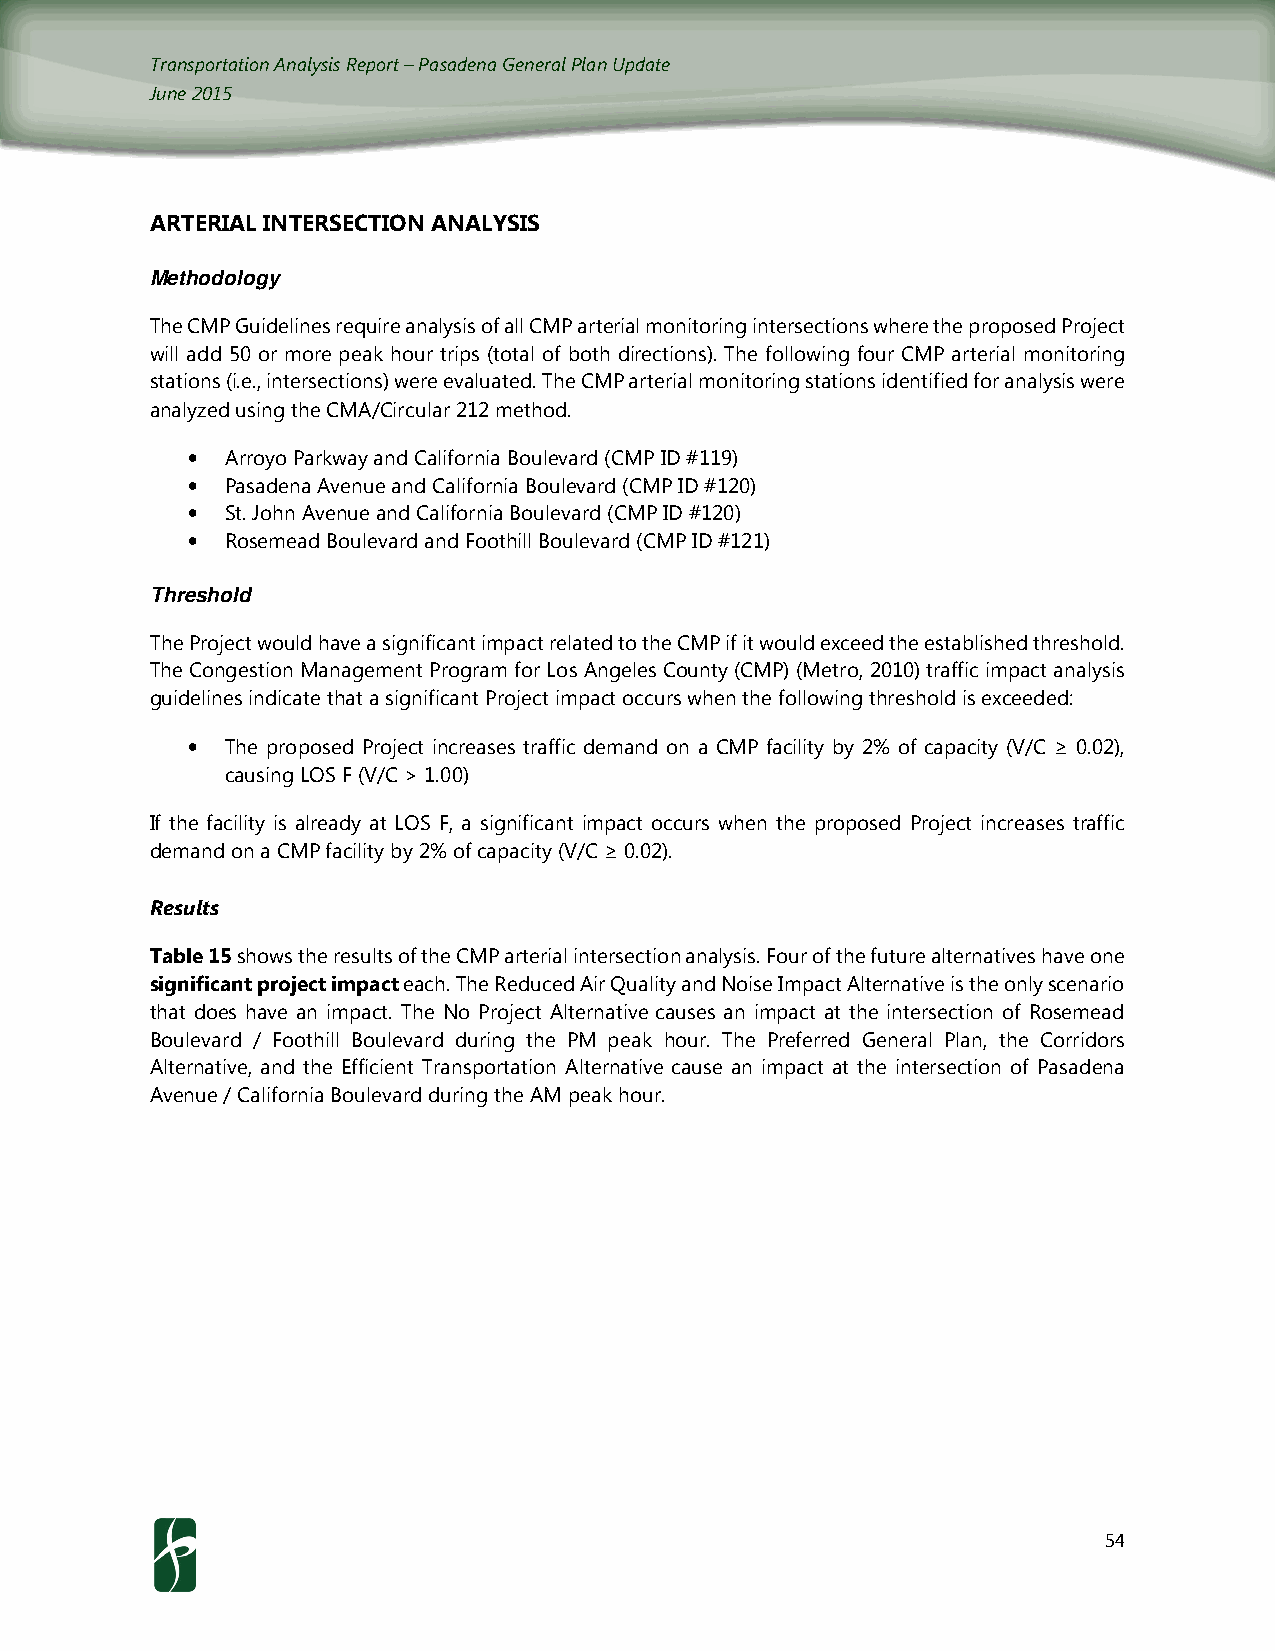
Transportation Analysis Report – Pasadena General Plan Update
 June 2015
 ARTERIAL INTERSECTION ANALYSIS
 Methodology
 The CMP Guidelines require analysis of all CMP arterial monitoring intersections where the proposed Project
 will add 50 or more peak hour trips (total of both directions). The following four CMP arterial monitoring
 stations (i.e., intersections) were evaluated. The CMP arterial monitoring stations identified for analysis were
 analyzed using the CMA/Circular 212 method.
 •  Arroyo Parkway and California Boulevard (CMP ID #119)
 •  Pasadena Avenue and California Boulevard (CMP ID #120)
 •  St. John Avenue and California Boulevard (CMP ID #120)
 •  Rosemead Boulevard and Foothill Boulevard (CMP ID #121)
 Threshold
 The Project would have a significant impact related to the CMP if it would exceed the established threshold.
 The Congestion Management Program for Los Angeles County (CMP) (Metro, 2010) traffic impact analysis
 guidelines indicate that a significant Project impact occurs when the following threshold is exceeded:
 •  The proposed Project increases traffic demand on a CMP facility by 2% of capacity (V/C ≥ 0.02),
 causing LOS F (V/C > 1.00)
 If the facility is already at LOS F, a significant impact occurs when the proposed Project increases traffic
 demand on a CMP facility by 2% of capacity (V/C ≥ 0.02).
 Results
 Table 15 shows the results of the CMP arterial intersection analysis. Four of the future alternatives have one
 significant project impact each. The Reduced Air Quality and Noise Impact Alternative is the only scenario
 that does have an impact. The No Project Alternative causes an impact at the intersection of Rosemead
 Boulevard / Foothill Boulevard during the PM peak hour. The Preferred General Plan, the Corridors
 Alternative, and the Efficient Transportation Alternative cause an impact at the intersection of Pasadena
 Avenue / California Boulevard during the AM peak hour.
 54